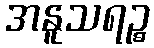
အနူသရဉ္စ